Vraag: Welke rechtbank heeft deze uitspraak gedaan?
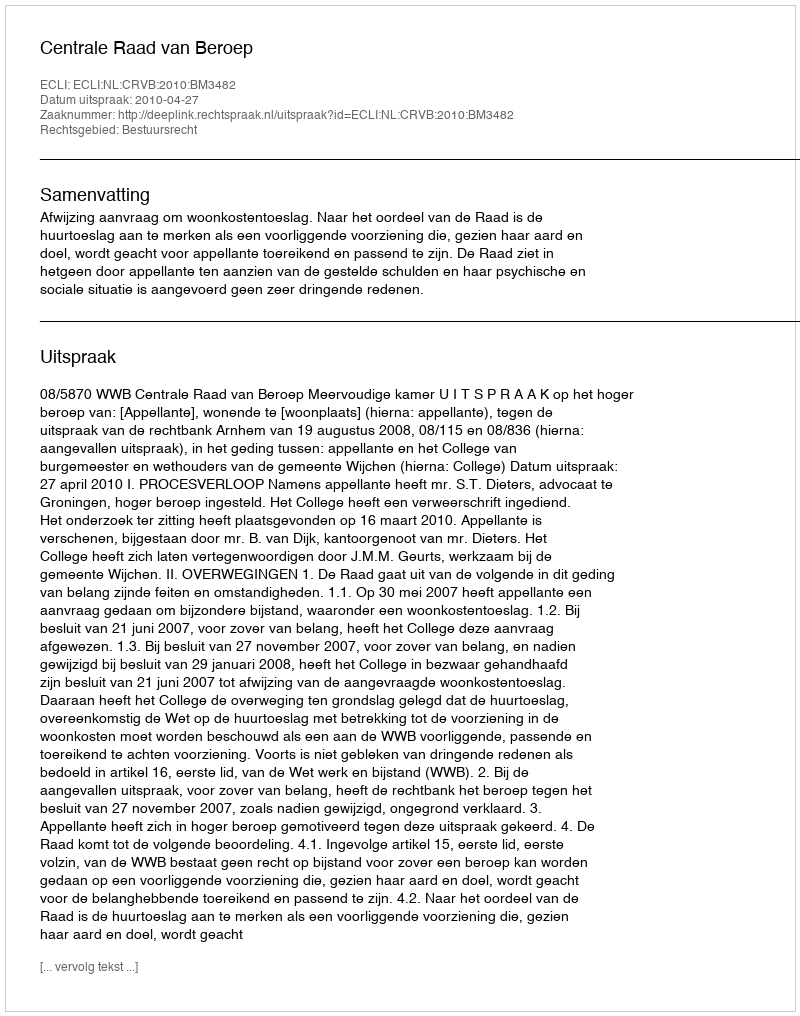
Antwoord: Centrale Raad van Beroep